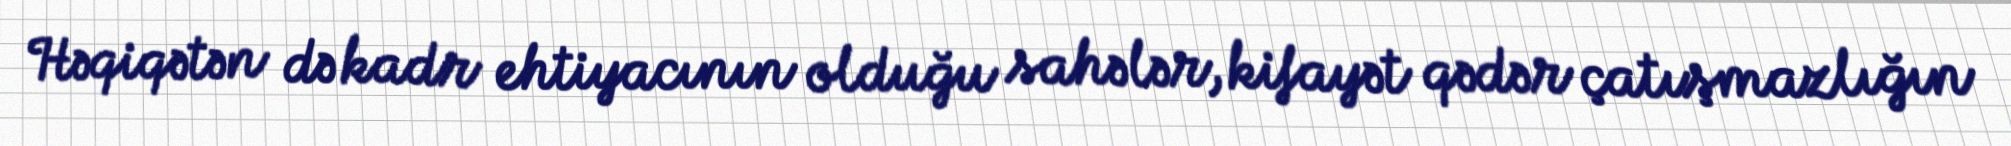
Həqiqətən də kadr ehtiyacının olduğu sahələr, kifayət qədər çatışmazlığın